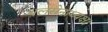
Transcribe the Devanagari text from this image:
थलसेनाध्यक्ष।